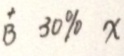
B 3 0 \% x